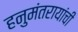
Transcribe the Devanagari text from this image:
हनुमंतरायांची